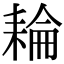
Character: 耣